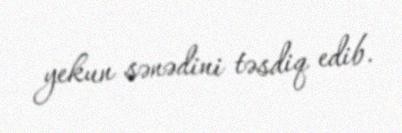
yekun sənədini təsdiq edib.